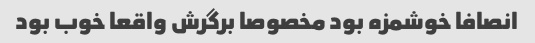
انصافا خوشمزه بود مخصوصا برگرش واقعا خوب بود